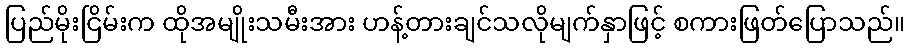
ပြည်မိုးငြိမ်းက ထိုအမျိုးသမီးအား ဟန့်တားချင်သလိုမျက်နှာဖြင့် စကားဖြတ်ပြောသည်။